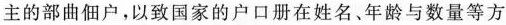
主的部曲佃户，以致国家的户口册在姓名、年龄与数量等方